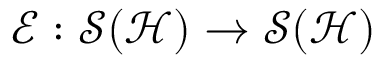
\mathcal { E } : \mathcal { S } ( \mathcal { H } ) \rightarrow \mathcal { S } ( \mathcal { H } )